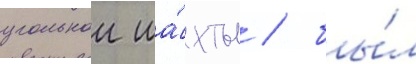
угольнои ша́хты / бы́л